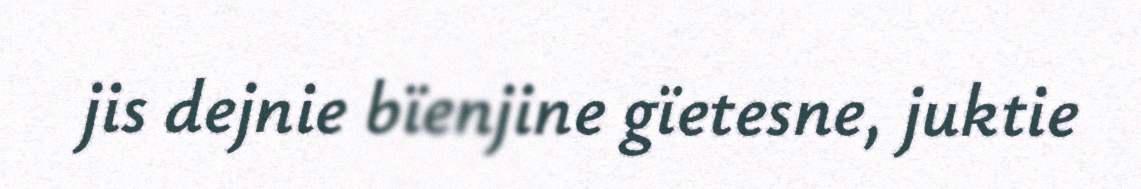
jis dejnie bïenjine gïetesne, juktie